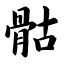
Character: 骷